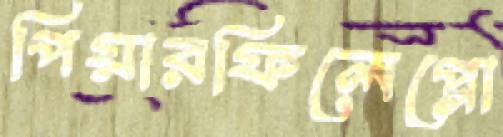
পিয়ারফিলেপ্পো